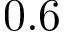
0 . 6